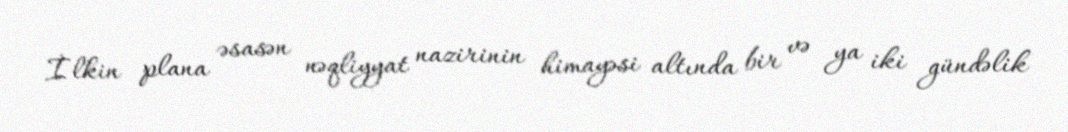
İlkin plana əsasən nəqliyyat nazirinin himayəsi altında bir və ya iki gündəlik